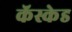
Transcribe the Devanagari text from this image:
कॅस्केड